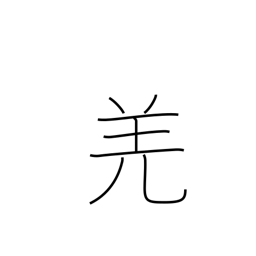
Meaning: barbarian